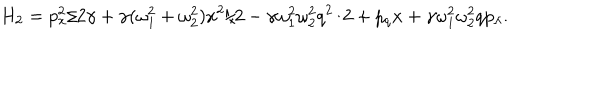
H _ { 2 } = p _ { x } ^ { 2 } / 2 \gamma + \gamma ( \omega _ { 1 } ^ { 2 } + \omega _ { 2 } ^ { 2 } ) x ^ { 2 } / 2 - \gamma \omega _ { 1 } ^ { 2 } \omega _ { 2 } ^ { 2 } q ^ { 2 } / 2 + p _ { q } x + \gamma \omega _ { 1 } ^ { 2 } \omega _ { 2 } ^ { 2 } q p _ { \lambda } .